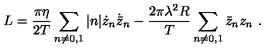
L = { \frac { \pi \eta } { 2 T } } \sum _ { n \neq 0 , 1 } | n | \dot { z } _ { n } \dot { \bar { z } } _ { n } - { \frac { 2 \pi \lambda ^ { 2 } R } { T } } \sum _ { n \neq 0 , 1 } \bar { z } _ { n } z _ { n } \ .